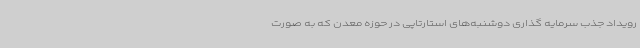
رویداد جذب سرمایه گذاری دوشنبه‌های استارتاپی در حوزه معدن که به صورت